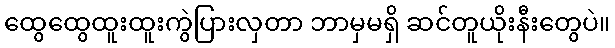
ထွေထွေထူးထူးကွဲပြားလှတာ ဘာမှမရှိ ဆင်တူယိုးနီးတွေပဲ။